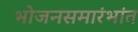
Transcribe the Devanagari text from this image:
भोजनसमारंभांत